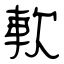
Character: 軟